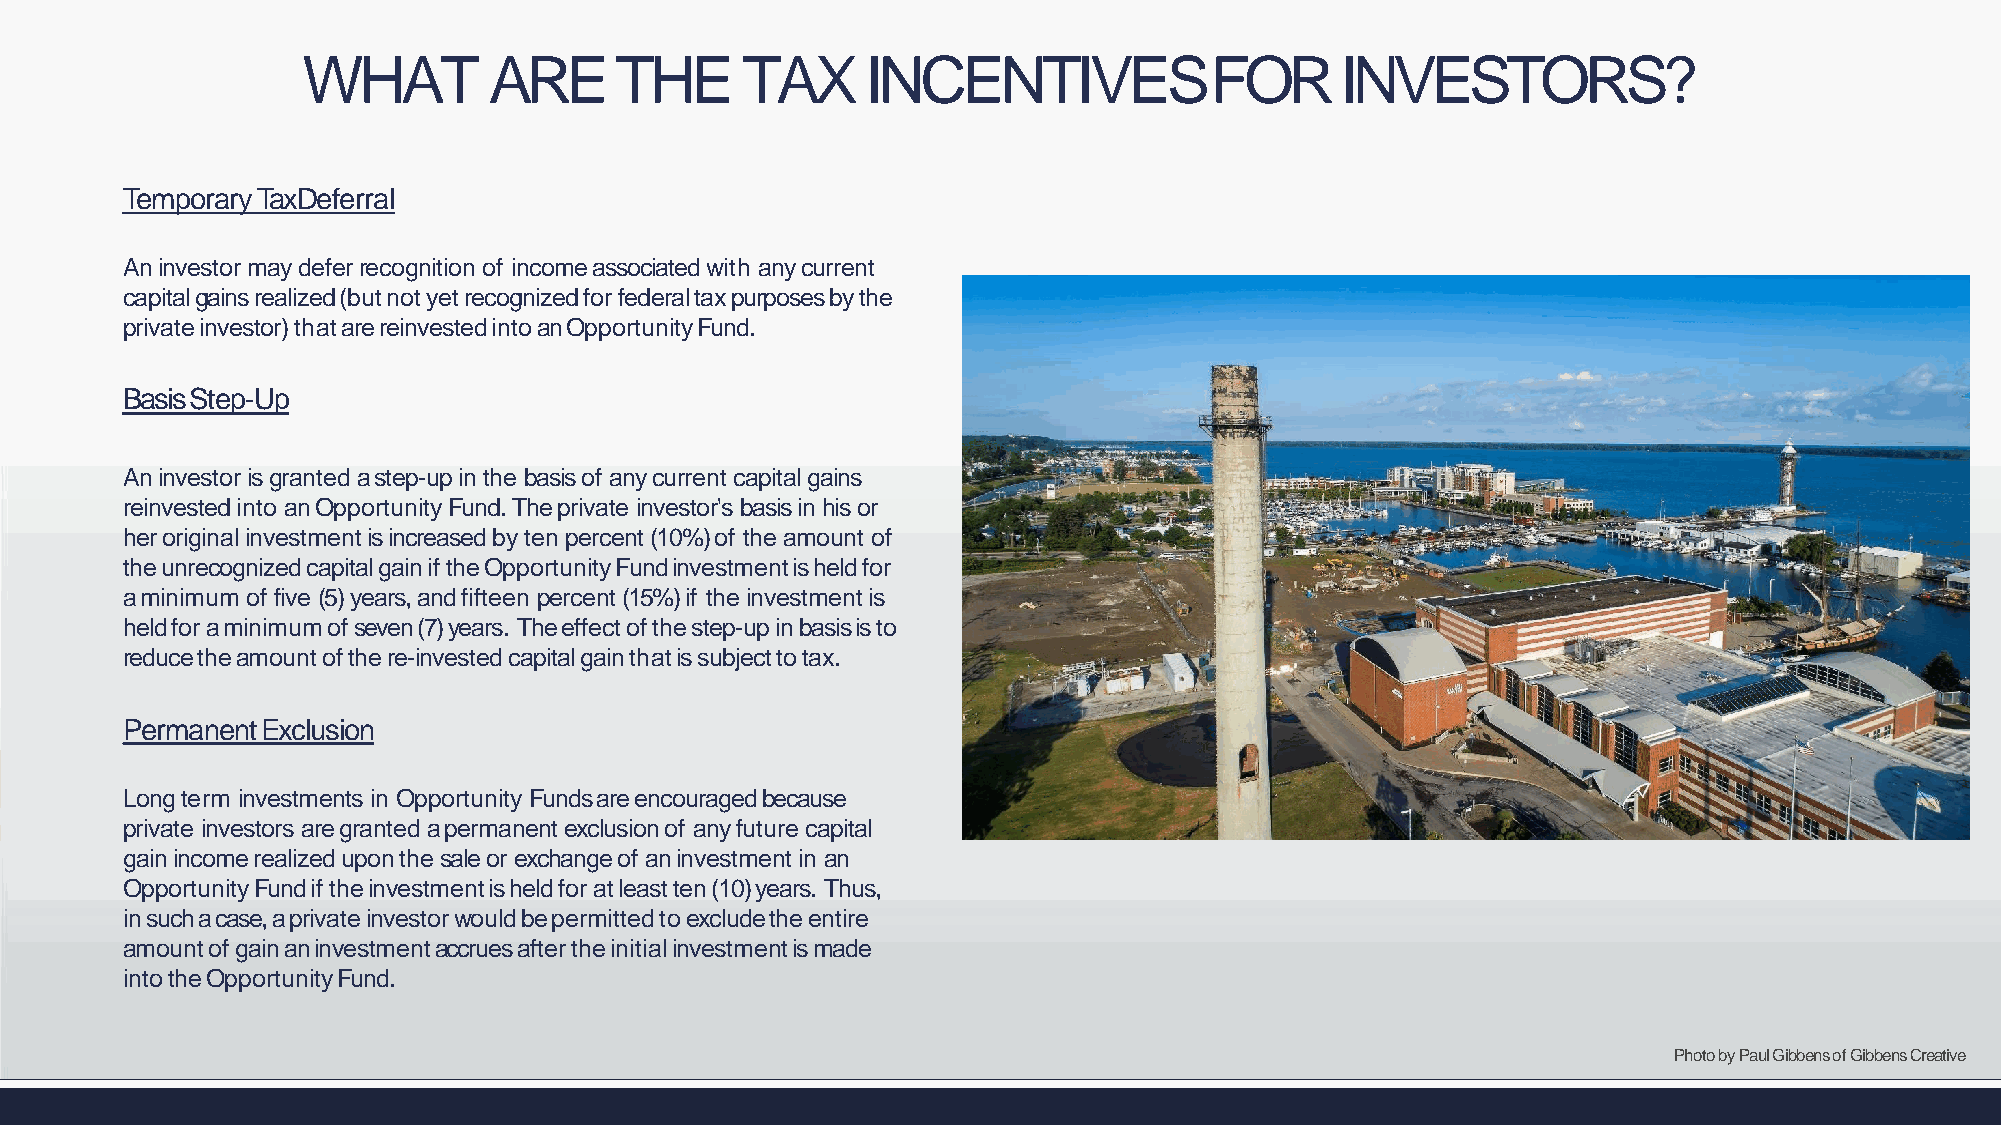
WHAT        ARE      THE     TAX     INCENTIVESFOR                   INVESTORS?
 Temporary TaxDeferral
 An investor may defer recognition of income associated with any current
 capitalgainsrealized(butnotyetrecognizedforfederaltaxpurposesbythe
 privateinvestor)thatarereinvestedintoanOpportunityFund.
 BasisStep-Up
 An investor is granted a step-up in the basis of any current capital gains
 reinvested into an Opportunity Fund. The private investor's basis in his or
 her original investment is increased by ten percent (10%) of the amount of
 theunrecognizedcapitalgainiftheOpportunityFundinvestmentisheldfor
 a minimum of five (5) years, and fifteen percent (15%) if the investment is
 heldforaminimumofseven(7)years. Theeffectofthestep-upinbasisisto
 reducetheamountofthere-investedcapitalgainthatissubjecttotax.
 PermanentExclusion
 Long term investments in Opportunity Funds are encouraged because
 private investors are granted a permanent exclusion of any future capital
 gain income realized upon the sale or exchange of an investment in an
 OpportunityFundiftheinvestmentisheldforatleastten(10)years. Thus,
 insuchacase,aprivateinvestorwouldbepermittedtoexcludetheentire
 amountofgainaninvestmentaccruesaftertheinitialinvestmentismade
 intotheOpportunityFund.
 PhotobyPaulGibbensofGibbensCreative